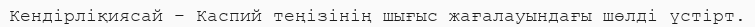
Кендірліқиясай – Каспий теңізінің шығыс жағалауындағы шөлді үстірт.